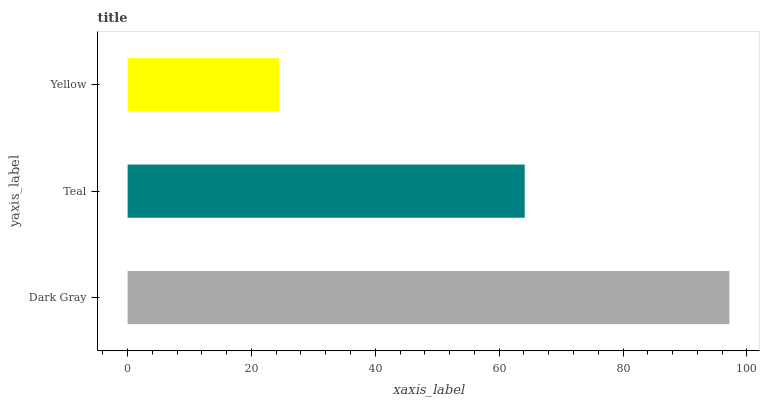
| yaxis_label | bars |
 | --- | --- |
 | Dark Gray | 97.2 |
 | Teal | 64.1 |
 | Yellow | 24.5 |